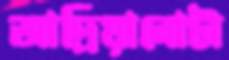
আদ্রিয়ানোটা